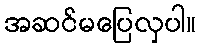
အဆင်မပြေလှပါ။